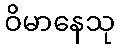
ဝိမာနေသု